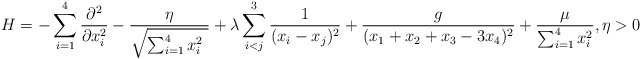
\begin{align*}H=-\sum_{i=1}^{4} \frac{\partial ^{2}}{\partial x_{i}^{2}}-\frac{\eta}{\sqrt{ \sum_{i=1}^4 x_{i}^{2} \ } } +\lambda \sum_{i<j}^3 \frac{1}{(x_{i}-x_{j})^{2}}+\frac{g}{(x_1+x_2+x_3- 3 x_4)^2} +\frac{\mu }{\sum_{i=1}^{4}x_{i}^{2}},\eta >0 \end{align*}